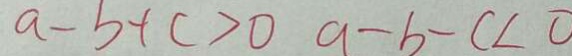
a - b + c > 0 a - b - c < 0